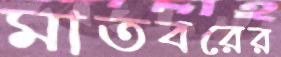
মাতবরের